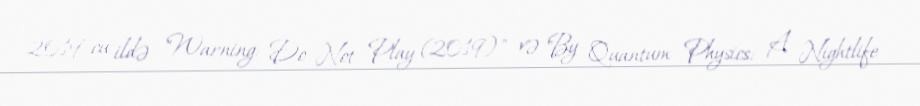
2019-cu ildə "Warning: Do Not Play (2019)" və "By Quantum Physics: A Nightlife